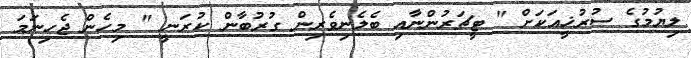
ލިޔުމުގެ ސުރުޚީއަކަށް " ޓީޗަރުންނާއި ބެލެނިވެރިން ގުރުބާން ކުރަނީ " މިހެން ޖެހިނަމަ